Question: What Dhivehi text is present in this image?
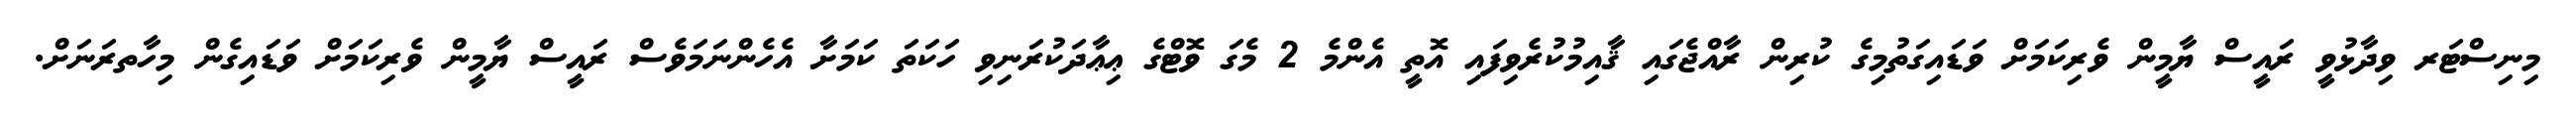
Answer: މިނިސްޓަރ ވިދާޅުވީ ރައީސް ޔާމީން ވެރިކަމަށް ވަޑައިގަތުމިގެ ކުރިން ރާއްޖެގައި ޤާއިމުކުރެވިފައި އޮތީ އެންމެ 2 މެގަ ވޮޓްގެ ޢިޢާދަކުރަނިވި ހަކަތަ ކަމަށާ އެހެންނަމަވެސް ރައީސް ޔާމީން ވެރިކަމަށް ވަޑައިގެން މިހާތރަނަށް.